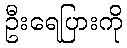
ဦးရေပြားကို